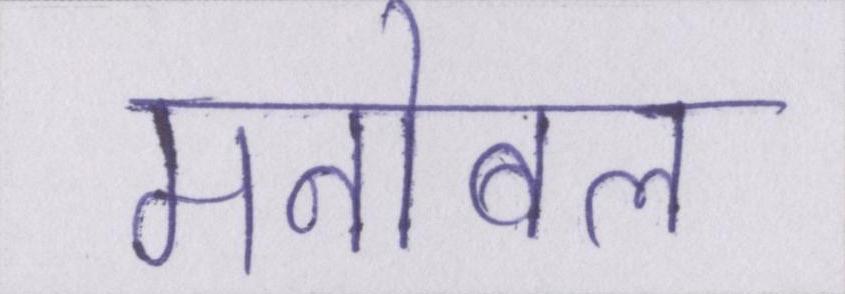
मनोबल